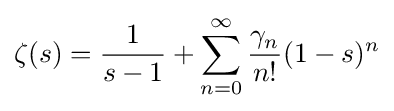
\zeta (s)={\frac {1}{s-1}}+\sum _{n=0}^{\infty }{\frac {\gamma _{n}}{n!}}(1-s)^{n}